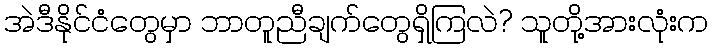
အဲဒီနိုင်ငံတွေမှာ ဘာတူညီချက်တွေရှိကြလဲ? သူတို့အားလုံးက